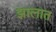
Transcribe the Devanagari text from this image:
झालात